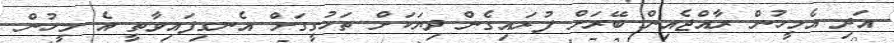
އަދި އެމީހުންް ރާއްޖެއިން ބޭރަށް ފުރައިގެން ދިޔަކަށް ތަހުގީގަށް އެނގިފައިވާތީ އެ މީހުން